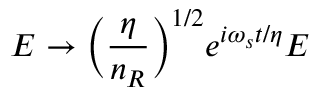
E \rightarrow \Big ( \frac { \eta } { n _ { R } } \Big ) ^ { 1 / 2 } e ^ { i \omega _ { s } t / \eta } E